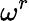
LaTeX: \omega^{r}